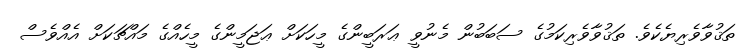
ތަޤުވާވެރިޔެކެވެ. ތަޤުވާވެރިކަމުގެ ސަބަބުން މެނުވީ ޢަރަބީންގެ މީހަކަށް ޢަޖަމީންގެ މީހެއްގެ މައްޗަކަށް އެއްވެސް